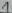
Text: 1